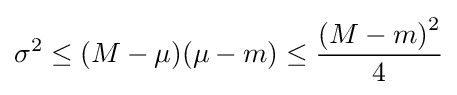
\sigma ^{2}\leq (M-\mu )(\mu -m)\leq {\frac {\left(M-m\right)^{2}}{4}}